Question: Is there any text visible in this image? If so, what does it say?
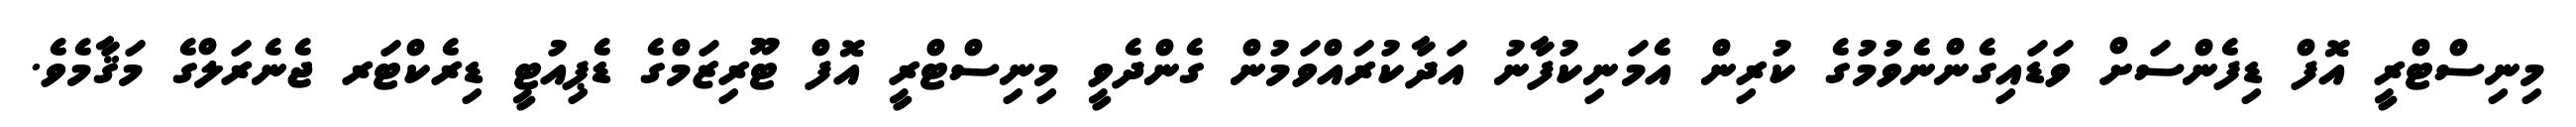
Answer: މިނިސްޓްރީ އޮފް ޑިފެންސަށް ވަޑައިގެންނެވުމުގެ ކުރިން އެމަނިކުފާނު އަދާކުރައްވަމުން ގެންދެވީ މިނިސްޓްރީ އޮފް ޓޫރިޒަމްގެ ޑެޕިއުޓީ ޑިރެކްޓަރ ޖެނެރަލްގެ މަޤާމެވެ.